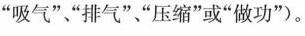
”吸气””排气”、”压缩”或”做功”).